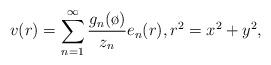
LaTeX: \begin{align*}v(r)=\sum_{n=1}^\infty \frac{g_n(\o)}{z_n} e_n( r), r^2=x^2+y^2, \end{align*}